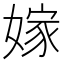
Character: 嫁